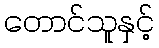
တောင်သူနှင့်